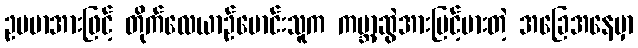
ဥပမာအားဖြင့် တိုက်လေယာဉ်မောင်းသူက ကမ္ဘာ့ဆွဲအားမြင့်မားတဲ့ အခြေအနေမှာ